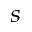
_ { s }